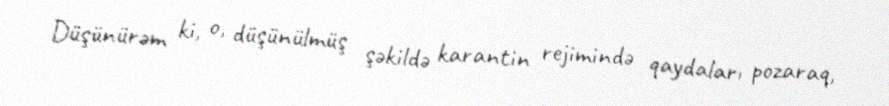
Düşünürəm ki, o, düşünülmüş şəkildə karantin rejimində qaydaları pozaraq,